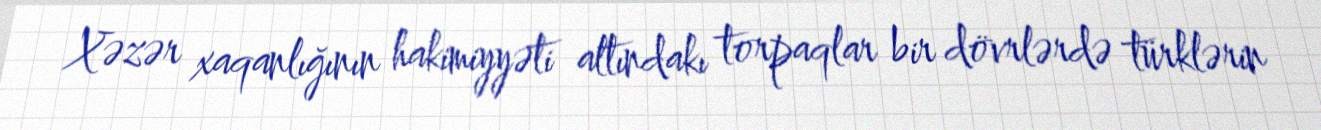
Xəzər xaqanlığının hakimiyyəti altındakı torpaqlar bir dövrlərdə türklərin